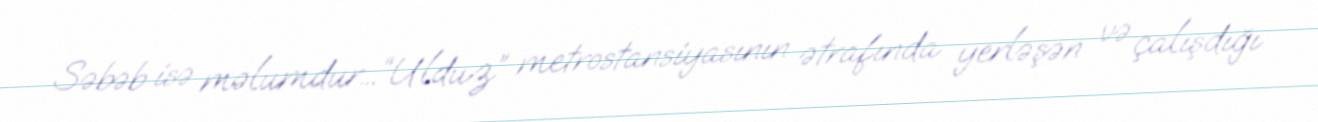
Səbəb isə məlumdur...“Ulduz” metrostansiyasının ətrafında yerləşən və çalışdığı